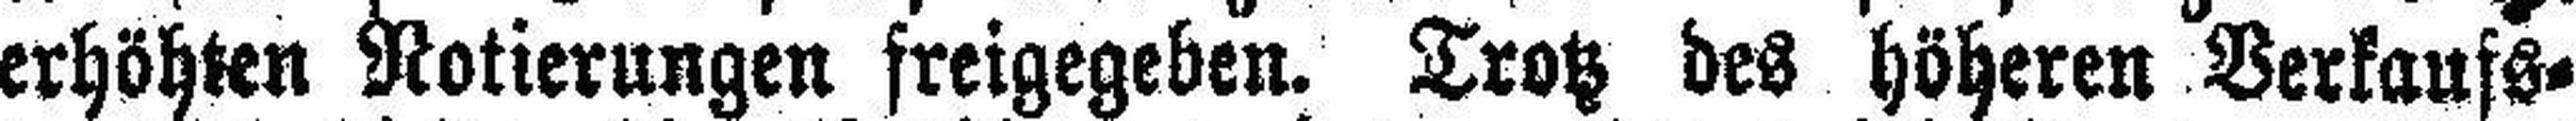
erhöhten Notierungen freigegeben. Trotz des höheren Verkaufs¬